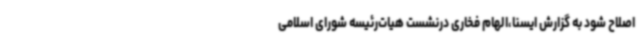
اصلاح شود به گزارش ایسنا،الهام فخاری درنشست هیات‌رئیسه شورای اسلامی